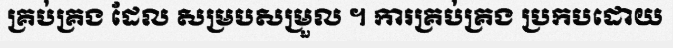
គ្រប់គ្រង ដែល សម្របសម្រួល ។ ការគ្រប់គ្រង ប្រកបដោយ